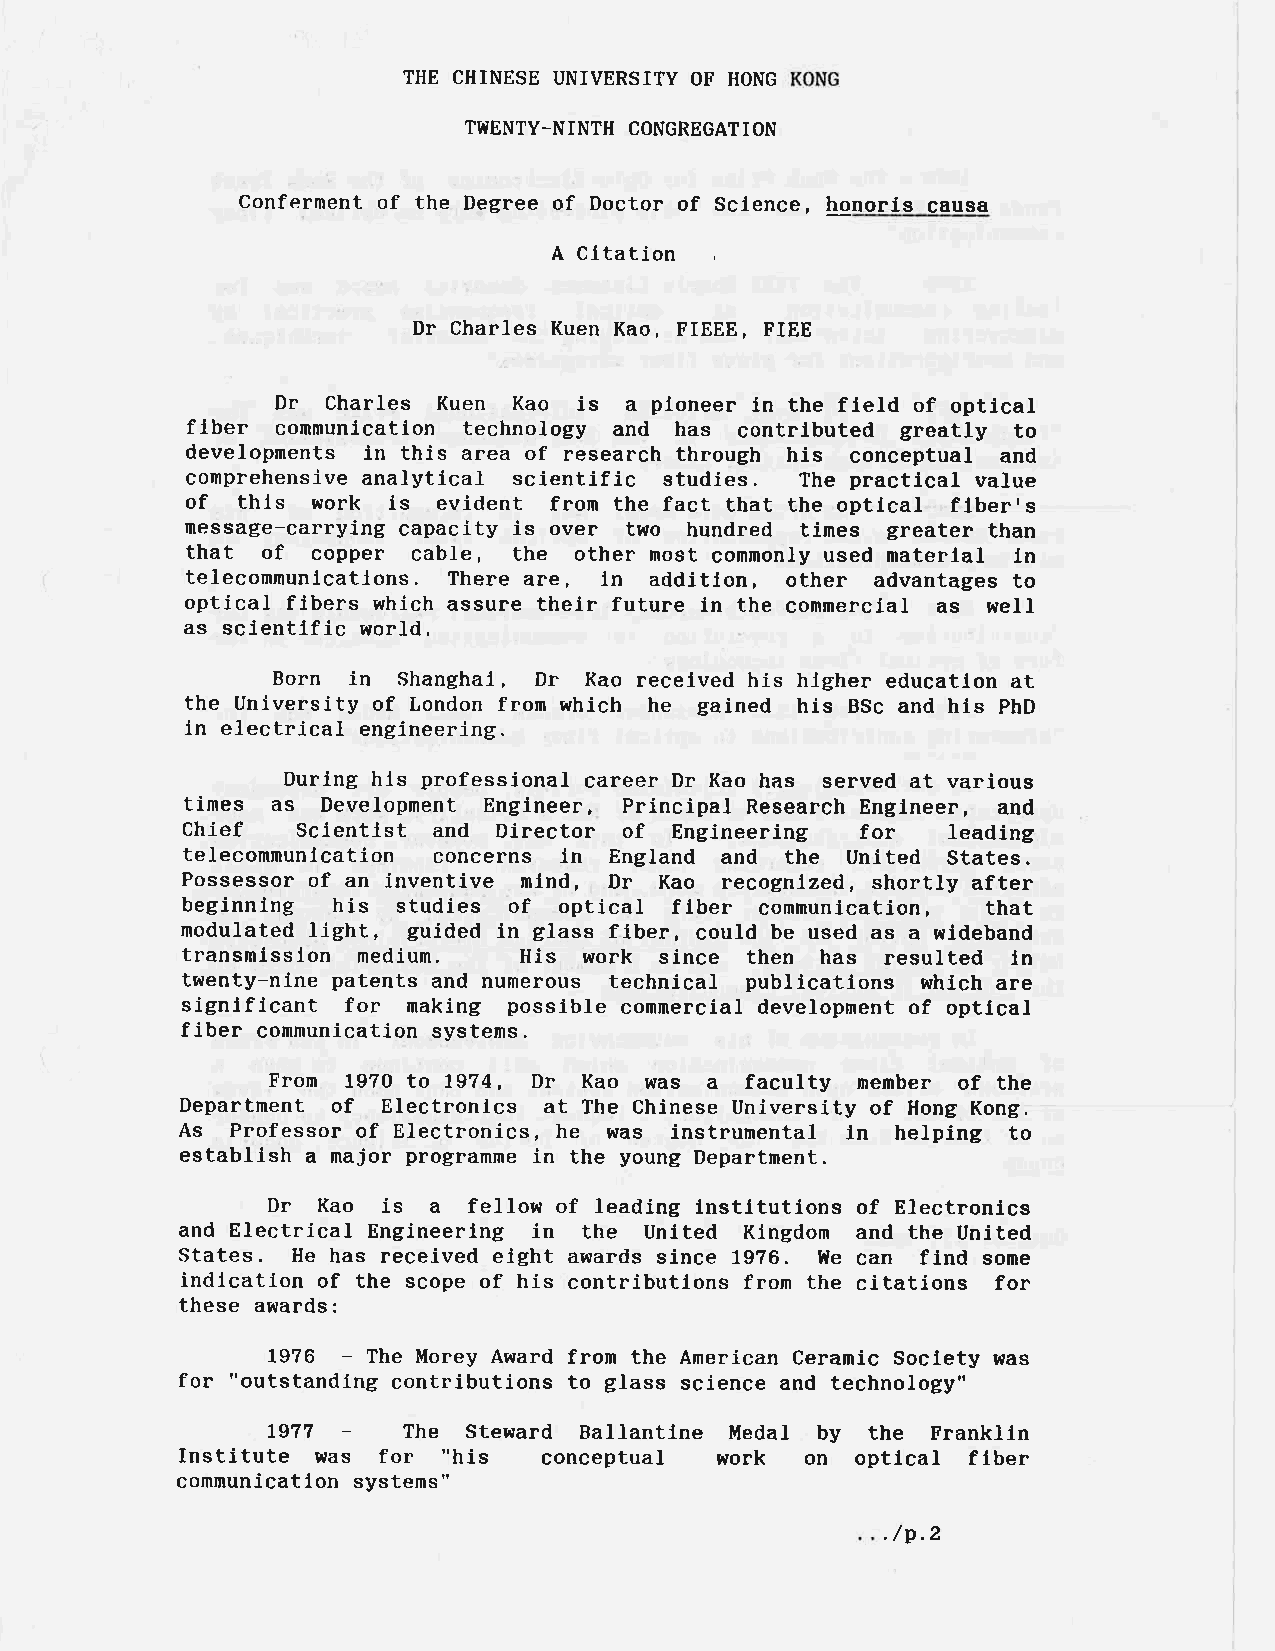
THE CHINESE UNIVERSITY OF HONG
 TÍ{ENTY-NINTH CONGREGATION
 Conferment of the Degree of Doctor of Science, honoris causa
 A Citation
 Dr Charles Kuen Kao, FIEEE, FIEE
 Dr  Charles Kuen Kao is a pioneer ln the field of optical
 fiber communication technology and has contributed greatly to
 developments in this area of research through his conceptual and
 comprehensive anaLytical scientific studies. The practical value
 of  this work is evident from the fact that the optical flber's
 message-carrying capacity is over two hundred times greater than
 that of  copper cable, the other most comnonly used materlal ln
 telecommunlcations. There are, in addition, other advantages to
 optical. fibers which assure their future in the commercial as well
 as sclentific world.
 Born in Shanghai, Dr Kao received his hlgher education at
 the university of London from which he gained his BSc and his phD
 in electrical engineering.
 During hls professional career Dr Kao has served at various
 times as Development Engineer, Principal Research Engineer, and
 Chief   Scíentist and Director of Engineering for  leading
 telecommunication concerns in England and the united states.
 Possessor of an inventive nind, Dr Kao recognized, shortly after
 beginning his studies of optical fiber communication, that
 nodulated light, guided in glass fiber, coufd be used as a wideband
 transnÍssion medium.  His  work since then has resulted in
 twenty-nÍne patents and numerous technical publications which are
 significant for making possible commercial development of optlcal
 fiber
 co¡nmunícation systems.
 From 1970 to 7974, Dr Kao was a faculty me¡nber of the
 Departnent of Electronics at The Chinese University of Hong Kong.
 As Professor of Electronics, he was instrumental in helping to
 establish a major programme in the young Department.
 Dr Kao is  a fellow of leading institutions of Electronics
 and Electrical Engineering in the Unlted Kingdom and the United
 states. He has received eight awards since 1926. Ile can find some
 indication of the scope of his contributions fron the citations for
 these a¡lards:
 1976 - The Morey Award from the American Ceramic Soclety was
 for "outstanding contributions to glass science and technology"
 7977 -   The Steward Ballantlne Medal by the Franklin
 Institute was for "his  conceptual  work on  optical fiber
 conmunication systems"
 ./p.2